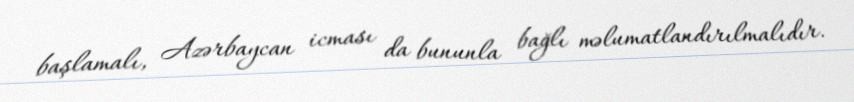
başlamalı, Azərbaycan icması da bununla bağlı məlumatlandırılmalıdır.